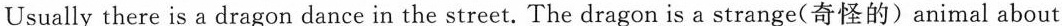
Usually there is a dragon dance in the street. The dragon is a strange(奇怪的)animal about